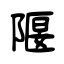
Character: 隁